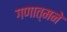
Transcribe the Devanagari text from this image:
गणात्मने